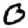
Digit: 0